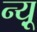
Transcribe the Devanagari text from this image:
न्यू़